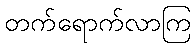
တက်ရောက်လာကြ